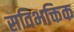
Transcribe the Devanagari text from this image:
सविभक्तिक